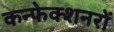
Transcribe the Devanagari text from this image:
कन्फेक्शनरों